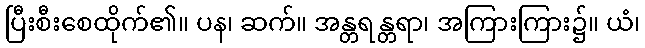
ပြီးစီးစေထိုက်၏။ ပန၊ ဆက်။ အန္တရန္တရာ၊ အကြားကြား၌။ ယံ၊